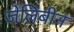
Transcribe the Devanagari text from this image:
जेलिबीन